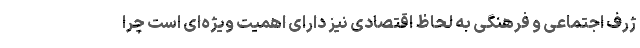
ژرف اجتماعی و فرهنگی به لحاظ اقتصادی نیز دارای اهمیت ویژه‌ای است چرا